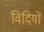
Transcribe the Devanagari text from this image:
विदियों